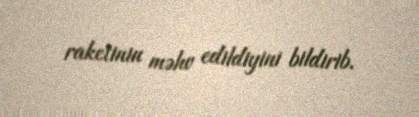
raketinin məhv edildiyini bildirib.